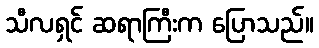
သီလရှင် ဆရာကြီးက ပြောသည်။